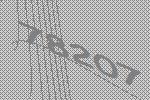
78207